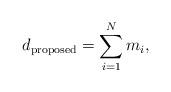
LaTeX: \begin{align*}{d_{{\textrm{proposed}}}} = \sum\limits_{i = 1}^N {{m_i}},\end{align*}